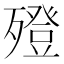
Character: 𣩟